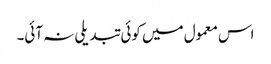
اس معمول میں کوئی تبدیلی نہ آئی۔